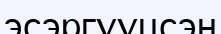
эсэргүүцсэн